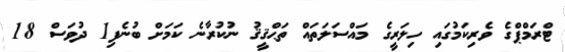
ޓްރަމްޕްގެ ވެރިކަމުގައި ހިލަރީގެ މައްސަލަތައް ތަޙްޤީޤު ނުކުރާނެ ކަމަށް ބުނެފި1 ދުވަސް 18